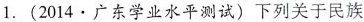
1. (2014 · 广东学业水平测试) 下列关于民族